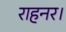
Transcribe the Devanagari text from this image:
राहनर।